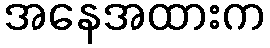
အနေအထားက